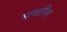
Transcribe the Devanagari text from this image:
मावारिक